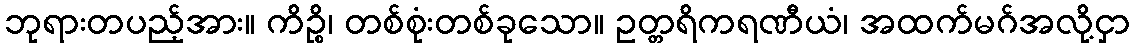
ဘုရားတပည့်အား။ ကိဉ္စိ၊ တစ်စုံးတစ်ခုသော။ ဥတ္တရိကရဏီယံ၊ အထက်မဂ်အလို့ငှာ